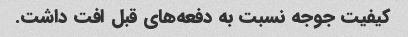
کیفیت جوجه نسبت به دفعه‌های قبل افت داشت.